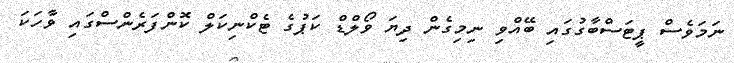
ނަމަވެސް ޕީޓަސްބާގުގައި ބޭއްވި ނިމިގެން ދިޔަ ވޯލްޑް ކަޕުގެ ޓެކްނިކަލް ކޮންފަރެންސްގައި ވާހަކަ